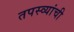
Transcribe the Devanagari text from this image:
तपस्व्यांची